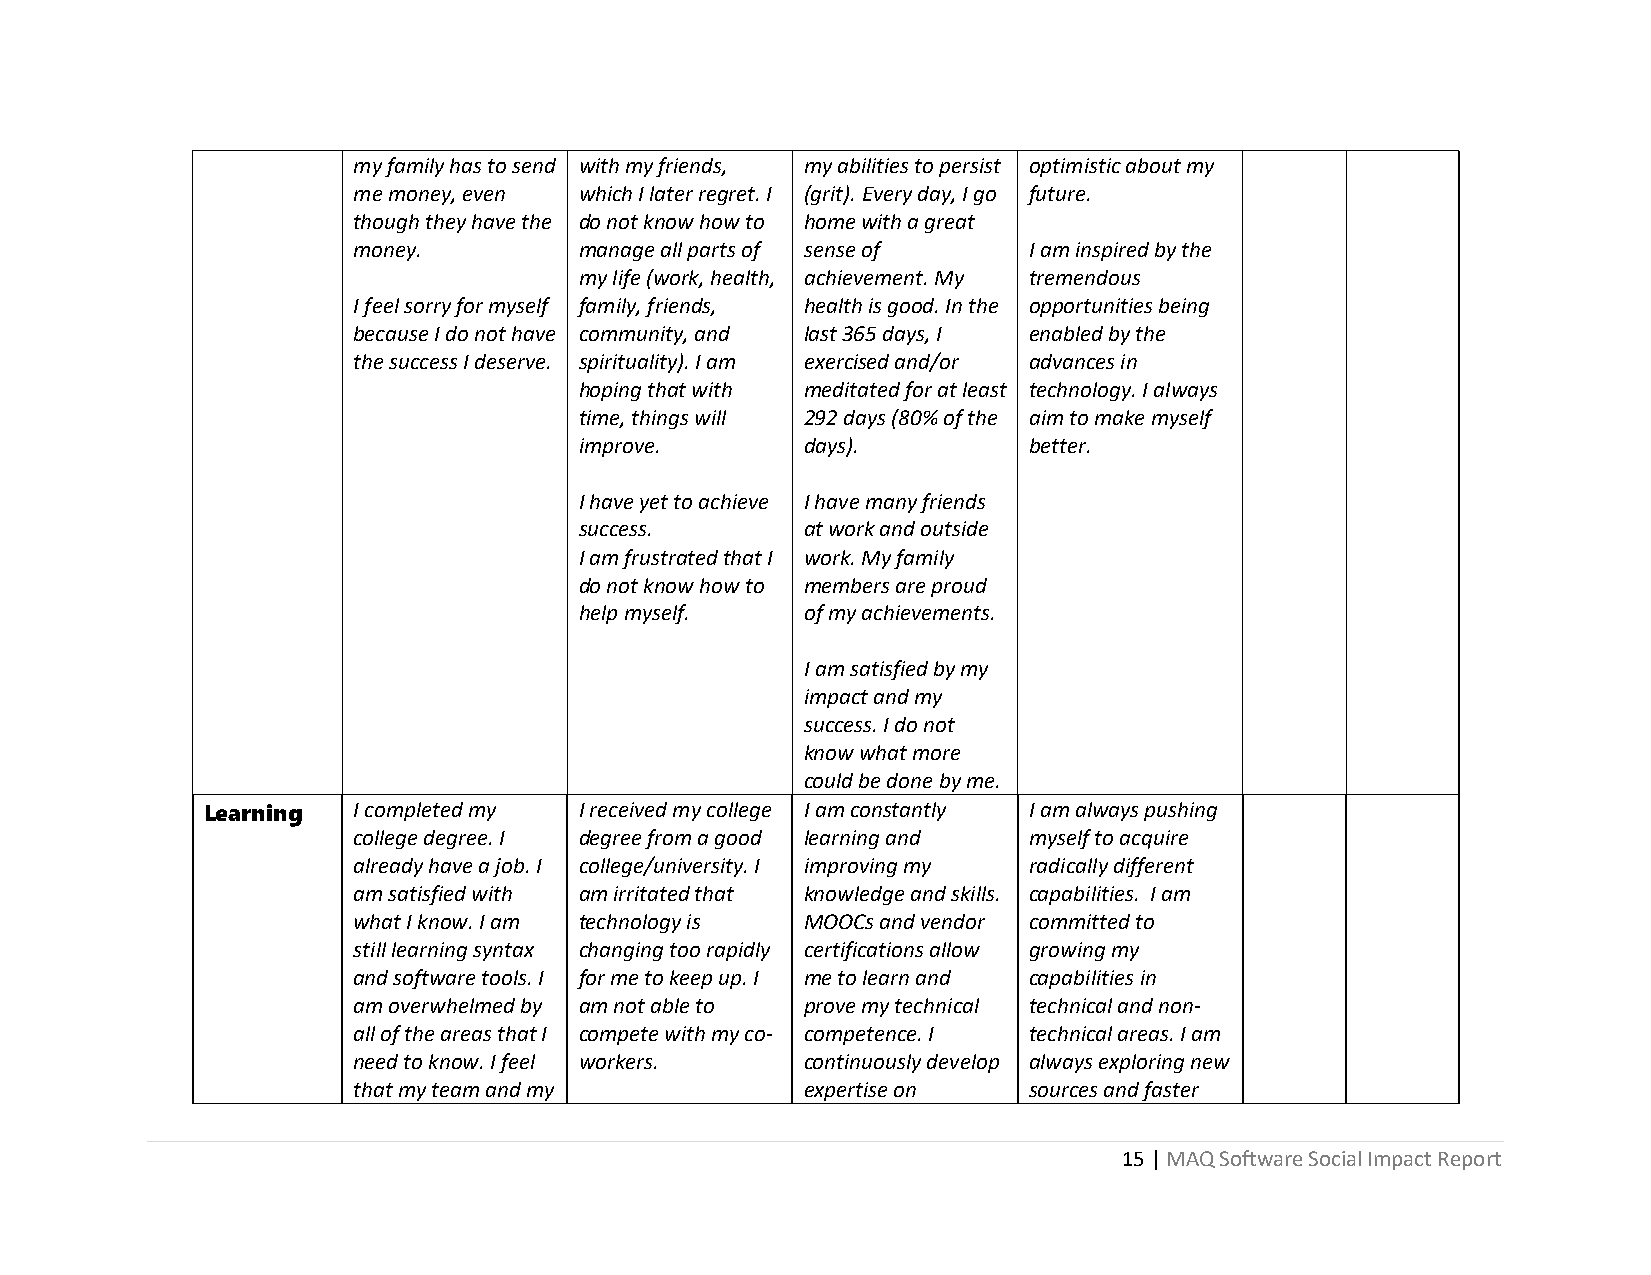
my family has to send with my friends, my abilities to persist optimistic about my
 me money, even which I later regret. I (grit). Every day, I go future.
 though they have the do not know how to home with a great
 money.         manage all parts of sense of  I am inspired by the
 my life (work, health, achievement. My tremendous
 I feel sorry for myself family, friends, health is good. In the opportunities being
 because I do not have community, and last 365 days, I enabled by the
 the success I deserve. spirituality). I am exercised and/or advances in
 hoping that with meditated for at least technology. I always
 time, things will 292 days (80% of the aim to make myself
 improve.       days).         better.
 I have yet to achieve I have many friends
 success.       at work and outside
 I am frustrated that I work. My family
 do not know how to members are proud
 help myself.   of my achievements.
 I am satisfied by my
 impact and my
 success. I do not
 know what more
 could be done by me.
 Learning  I completed my I received my college I am constantly I am always pushing
 college degree. I degree from a good learning and myself to acquire
 already have a job. I college/university. I improving my radically different
 am satisfied with am irritated that knowledge and skills. capabilities. I am
 what I know. I am technology is MOOCs and vendor committed to
 still learning syntax changing too rapidly certifications allow growing my
 and software tools. I for me to keep up. I me to learn and capabilities in
 am overwhelmed by am not able to prove my technical technical and non-
 all of the areas that I compete with my co- competence. I technical areas. I am
 need to know. I feel workers. continuously develop always exploring new
 that my team and my           expertise on   sources and faster
 15 | MAQ Software Social Impact Report